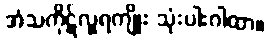
အံသကိုဋ်လှူရကျိုး သုံးပါးဂါထာ။